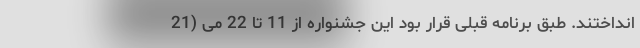
انداختند. طبق برنامه قبلی قرار بود این جشنواره از 11 تا 22 می (21